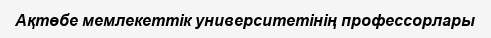
Ақтөбе мемлекеттік университетінің профессорлары